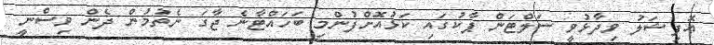
އޮފިޝަލު ވިދާޅުވީ ސަލްޓަން ޕާކުގައި ކަޅުއޮށްފުންމި ބަހައްޓާނެ ޖާގަ ނެތުމުން ދެން ވިސްނީ